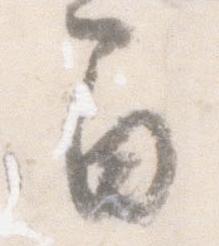
間